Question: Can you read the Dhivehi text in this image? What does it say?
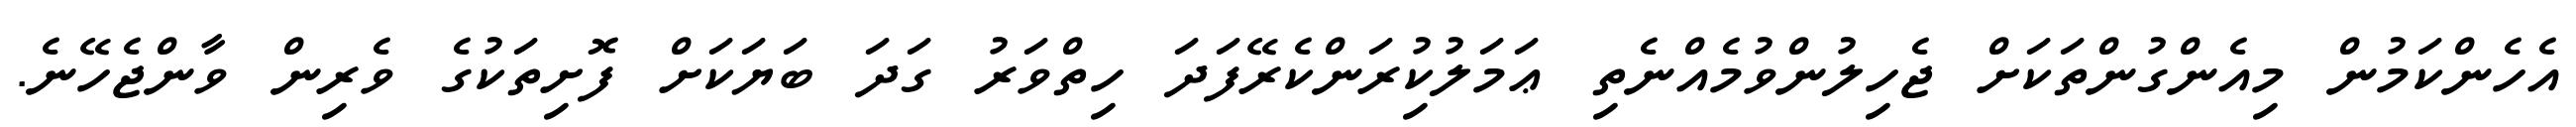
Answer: އެހެންކަމުން މިއެންގުންތަކަށް ޖެހިލުންވުމެއްނެތި ޢަމަލުކިުރަންކެރޭފަދަ ހިތްވަރު ގަދަ ބަޔަކަށް ފޮށިތަކުގެ ވެރިން ވާންޖެހޭނެ.